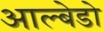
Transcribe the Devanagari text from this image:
आल्बेडो